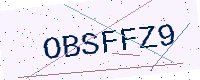
Text: OBSFFZ9